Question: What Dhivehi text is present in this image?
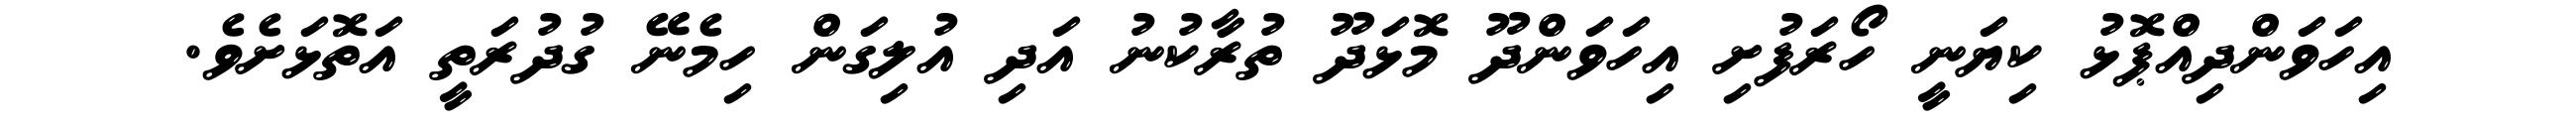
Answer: އިހަވަންދިއްޕޮޅު ކިޔަނީ ހޯރަފުށި އިހަވަންދޫ މޮޅަދޫ ތުރާކުނު އަދި އުލިގަން ހިމެނޭ ގުދުރަތީ އަތޮޅަށެވެ.